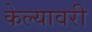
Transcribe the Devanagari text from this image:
केल्यावरी